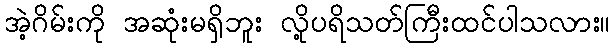
အဲ့ဂိမ်းကို အဆုံးမရှိဘူး လို့ပရိသတ်ကြီးထင်ပါသလား။